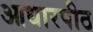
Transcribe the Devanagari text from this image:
आधारपीठ